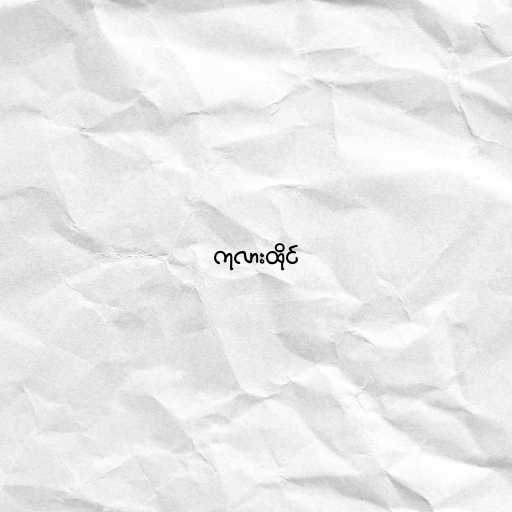
ကုလားထိုင်